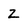
Character: z